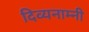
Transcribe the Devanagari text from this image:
दिव्यनाम्नी